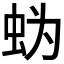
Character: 𰲲